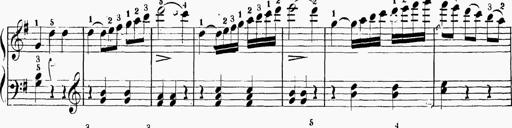
Title: 6 Sonatinas
Composer: Carl Reinecke